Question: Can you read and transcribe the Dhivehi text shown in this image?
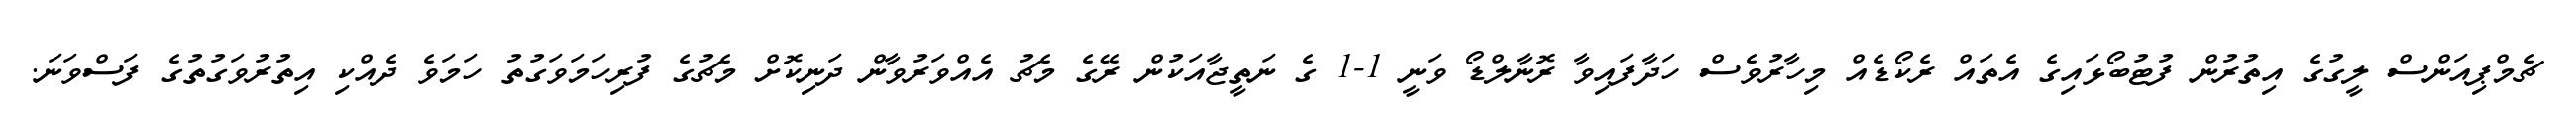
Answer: ޗެމްޕިއަންސް ލީގުގެ އިތުރުން ފުޓުބޯޅައިގެ އެތައް ރެކޯޑެއް މިހާރުވެސް ހަދާފައިވާ ރޮނާލްޑޯ ވަނީ 1-1 ގެ ނަތީޖާއަކުން ރޭގެ މެޗު އެއްވަރުވާން ދަނިކޮށް މެޗުގެ ފުރިހަމަވަގުތު ހަމަވެ ދެއްކި އިތުރުވަގުތުގެ ފަސްވަނަ.